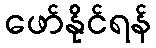
ဖော်နိုင်ရန်